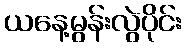
ယနေ့မွန်းလွဲပိုင်း